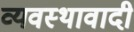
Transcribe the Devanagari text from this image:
व्यवस्थावादी